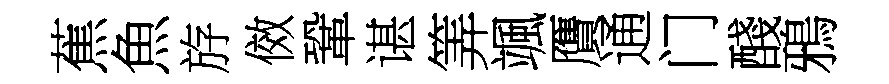
蕉魚斿傚鞏谌筭颯贋通门醆鴉